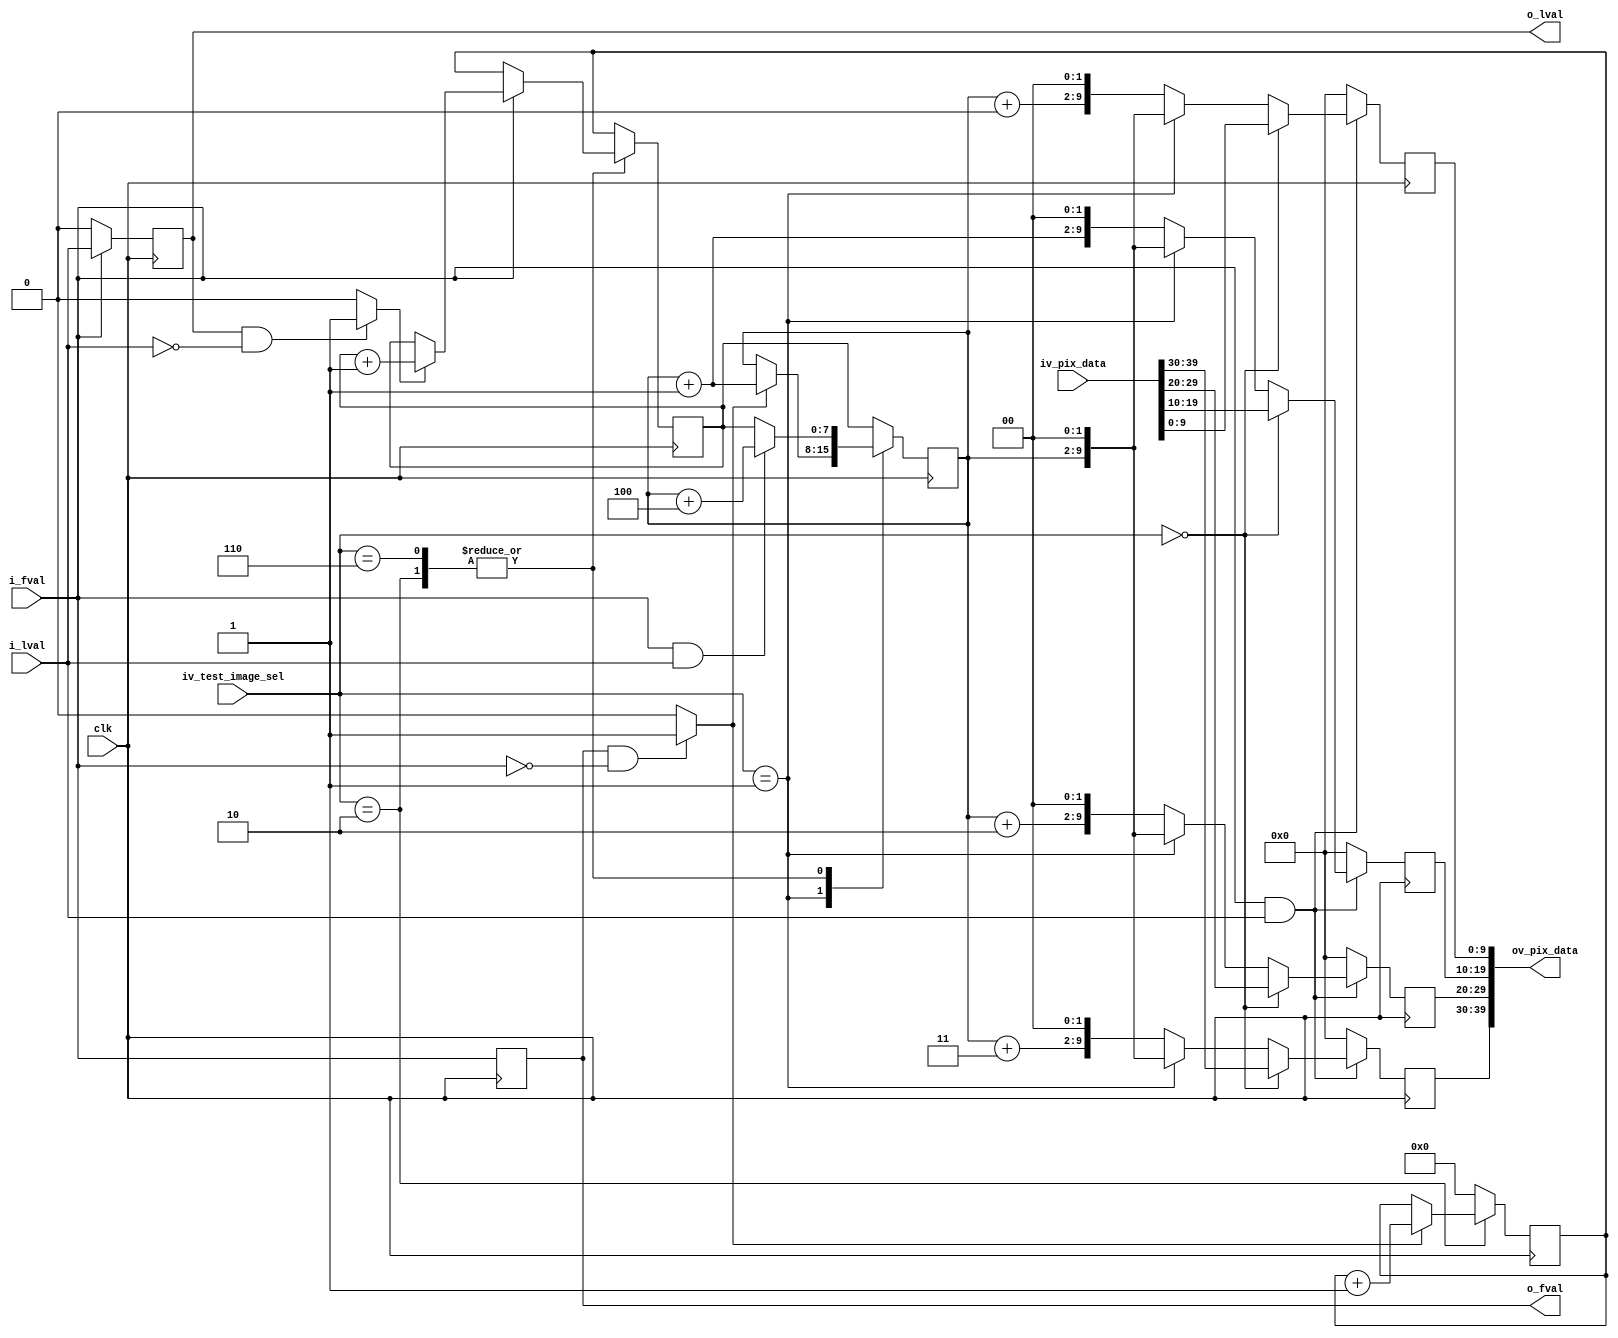
module test_image # (
	parameter	SENSOR_DAT_WIDTH	= 10	,	
	parameter	CHANNEL_NUM			= 4			
	)
	(
	//
	input											clk					,	
	input											i_fval				,	
	input											i_lval				,	////
	input	[SENSOR_DAT_WIDTH*CHANNEL_NUM-1:0]		iv_pix_data			,	
	
	input	[2:0]									iv_test_image_sel	,	
	
	output											o_fval				,	
	output											o_lval				,	
	output	[SENSOR_DAT_WIDTH*CHANNEL_NUM-1:0]		ov_pix_data				
	);

	
	reg												fval_dly			= 1'b0;	//////sss
	wire											fval_fall			;
	reg												lval_dly			= 1'b0;
	wire											lval_fall			;
	reg		[7:0]									frame_cnt			= 8'b0;
	reg		[7:0]									line_cnt			= 8'b0;
	reg		[7:0]									col_cnt				= 8'b0;
	reg		[SENSOR_DAT_WIDTH*CHANNEL_NUM-1:0]		pix_data_reg		= {(SENSOR_DAT_WIDTH*CHANNEL_NUM){1'b0}};


	always @ (posedge clk) begin
		fval_dly	<= i_fval;
	end
	assign	fval_fall	= (fval_dly==1'b1 && i_fval==1'b0) ? 1'b1 : 1'b0;

	
	always @ (posedge clk) begin
		if(i_fval) begin
			lval_dly	<= i_lval;
		end
		else begin
			lval_dly	<= 1'b0;
		end
	end
	assign	lval_fall	= (lval_dly==1'b1 && i_lval==1'b0) ? 1'b1 : 1'b0;

	
	always @ (posedge clk) begin
		case(iv_test_image_sel)
			3'b000,3'b001,3'b110	: frame_cnt	<= 8'b0;
			3'b010	: begin
				if(fval_fall) begin
					frame_cnt	<= frame_cnt + 8'b1;
				end
			end
			default	: frame_cnt	<= 8'b0;
		endcase
	end

	
	always @ (posedge clk) begin
		case(iv_test_image_sel)
			3'b000,3'b001	: line_cnt	<= frame_cnt;
			3'b110,3'b010	: begin
				if(!i_fval) begin
					line_cnt	<= frame_cnt;
				end
				else begin
					if(lval_fall) begin
						line_cnt	<= line_cnt + 8'b1;
					end
				end
			end
			default		: line_cnt	<= frame_cnt;
		endcase
	end

	
	always @ (posedge clk) begin
		case(iv_test_image_sel)
			3'b000	: col_cnt	<= line_cnt;
			3'b001	: begin
				if(fval_fall) begin
					col_cnt	<= col_cnt + 8'b1;
				end
			end
			3'b110,3'b010	: begin
				if(i_fval&i_lval) begin
					col_cnt	<= col_cnt + CHANNEL_NUM;
				end
				else begin
					col_cnt	<= line_cnt;
				end
			end
			default		: col_cnt	<= line_cnt;
		endcase
	end



	generate
		genvar k;
		for( k = 0 ; k < CHANNEL_NUM ; k = k + 1 )
			begin
				always @ (posedge clk) begin
					if(i_fval==1'b1 && i_lval==1'b1) begin
						if(iv_test_image_sel==3'b000) begin
							pix_data_reg[SENSOR_DAT_WIDTH*(k+1)-1 : SENSOR_DAT_WIDTH*k]	<= iv_pix_data[SENSOR_DAT_WIDTH*(k+1)-1 : SENSOR_DAT_WIDTH*k];
						end
						else if (iv_test_image_sel==3'b001) begin
							pix_data_reg[SENSOR_DAT_WIDTH*(k+1)-1 : SENSOR_DAT_WIDTH*k]	<= {col_cnt,{(SENSOR_DAT_WIDTH-8){1'b0}}};
						end
						else begin
							pix_data_reg[SENSOR_DAT_WIDTH*(k+1)-1 : SENSOR_DAT_WIDTH*k]	<= {(col_cnt+k),{(SENSOR_DAT_WIDTH-8){1'b0}}};
						end
					end
					else begin
						pix_data_reg[SENSOR_DAT_WIDTH*(k+1)-1 : SENSOR_DAT_WIDTH*k]	<= {(SENSOR_DAT_WIDTH){1'b0}};
					end
				end
			end
	endgenerate

	
	assign	ov_pix_data			= pix_data_reg;
	assign	o_fval				= fval_dly;
	assign	o_lval				= lval_dly;




endmodule